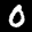
Label: 0